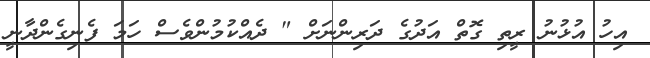
އިހު އުޅުނު ރީތި ގޮތް އަދުގެ ދަރިންނަށް " ދެއްކުމުންވެސް ހަމަ ފެނިގެންދާނީ